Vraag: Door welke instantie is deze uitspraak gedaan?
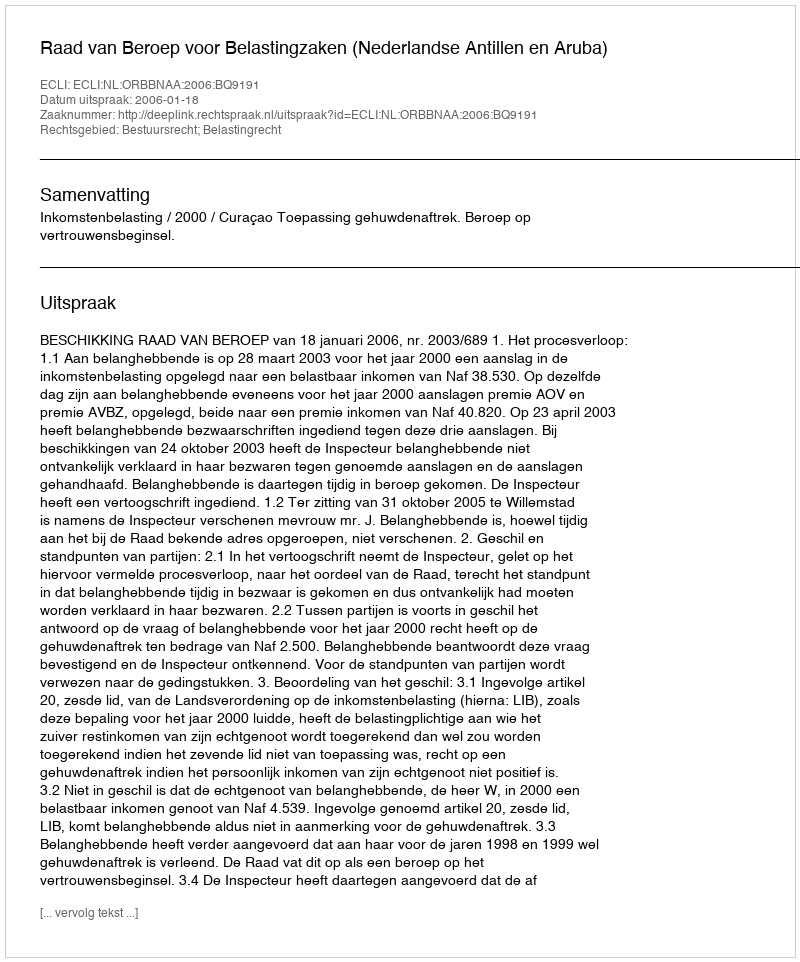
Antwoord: Raad van Beroep voor Belastingzaken (Nederlandse Antillen en Aruba)